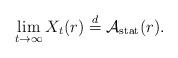
LaTeX: \begin{align*}\lim_{t\to\infty}X_t(r)\stackrel{d}{=}\mathcal{A}_{\rm stat}(r).\end{align*}